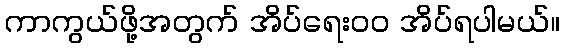
ကာကွယ်ဖို့အတွက် အိပ်ရေးဝဝ အိပ်ရပါမယ်။